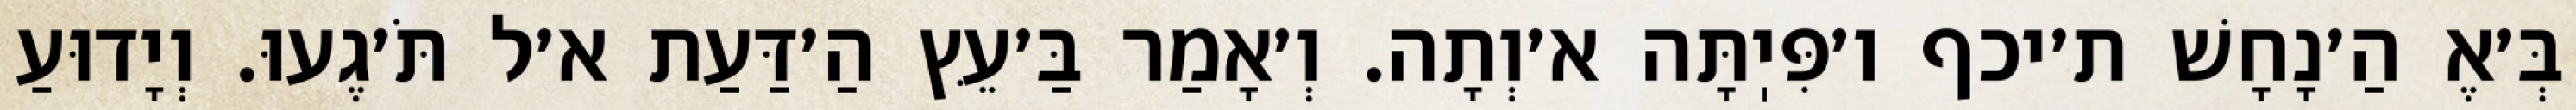
בְּ׳אֶ הַ׳נָחָשׁ ת׳יכף ו׳פִּיֽתָּה א׳וְתָה. וְ׳אָמַר בַּ׳עֵּץ הַ׳דַּעַת א׳ל תֹּ׳גֶעוּ. וְיָדוּעַ